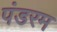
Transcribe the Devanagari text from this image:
पंडरम